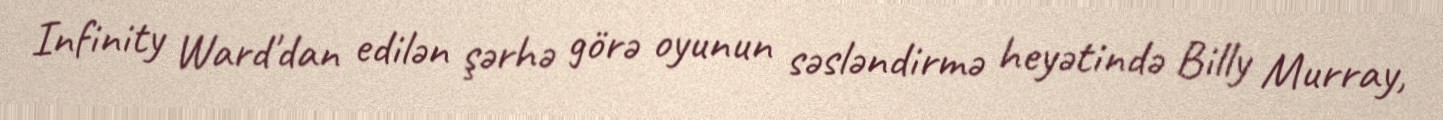
Infinity Ward'dan edilən şərhə görə oyunun səsləndirmə heyətində Billy Murray,